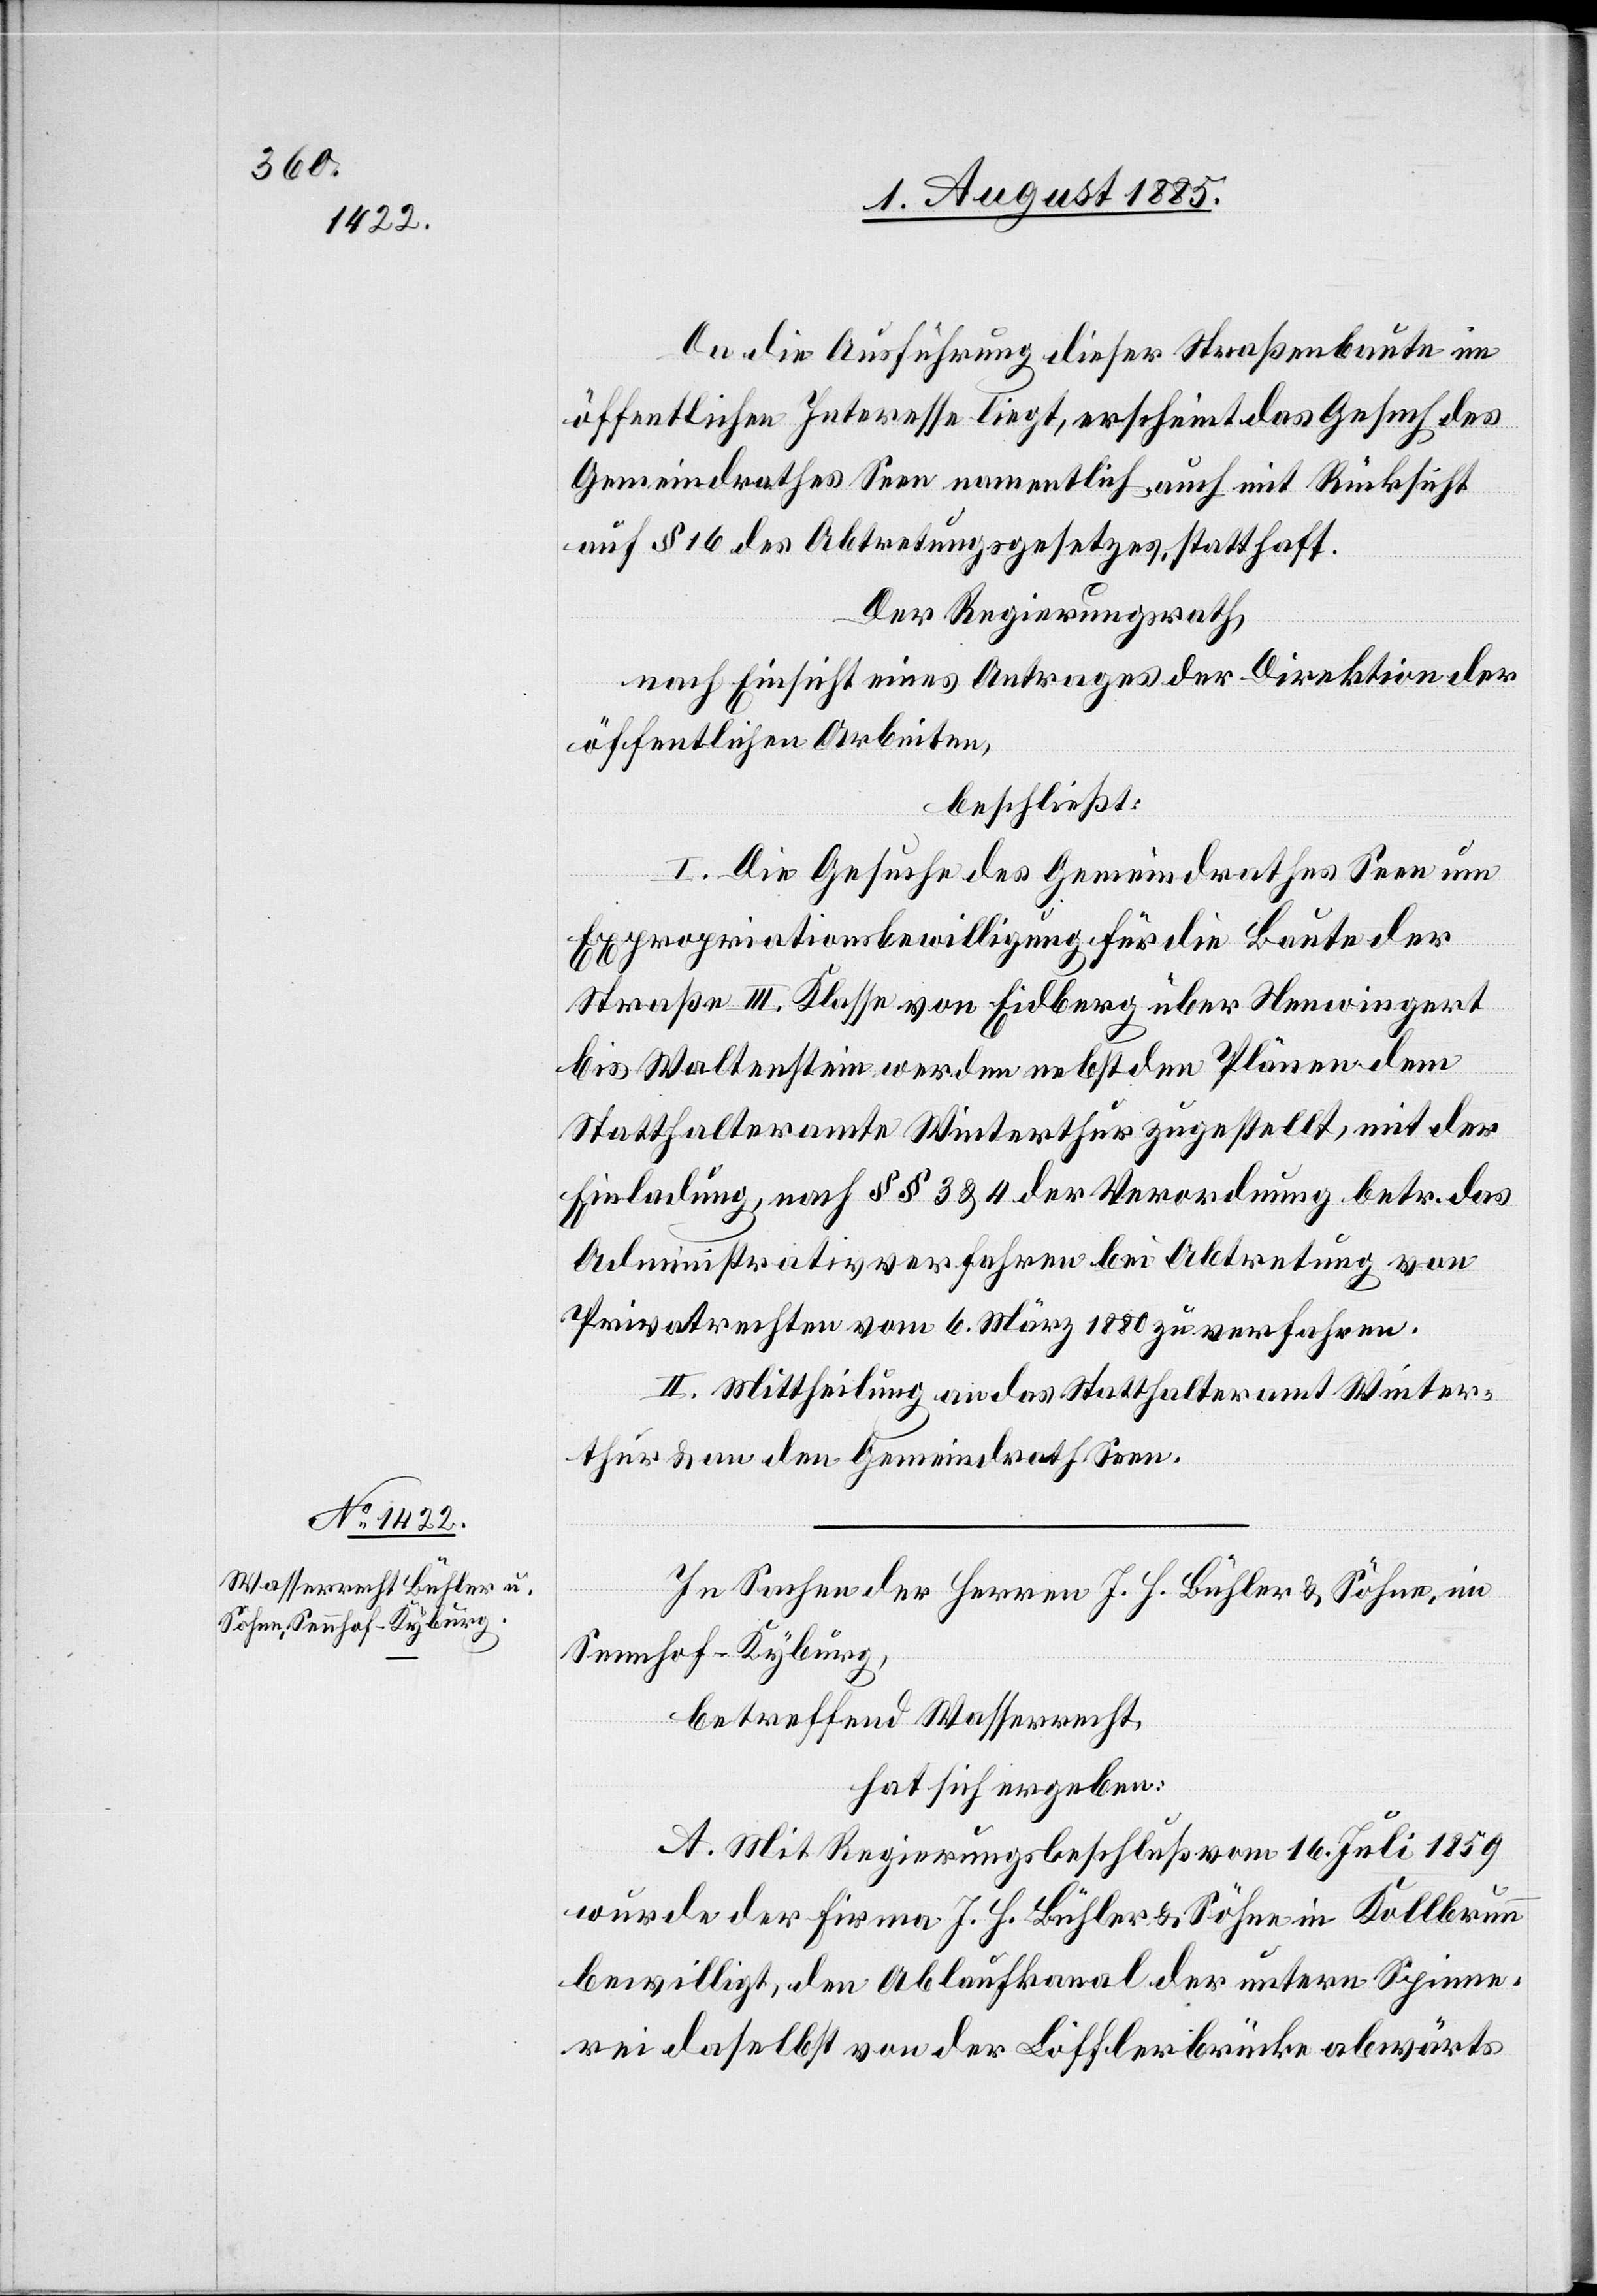
Da die Ausführung dieser Straßenbaute im
öffentlichen Interesse liegt, erscheint das Gesuch des
Gemeindrathes Seen namentlich auch mit Rücksicht
auf § 16 des Abtretungsgesetzes statthaft.
Der Regierungsrath,
nach Einsicht eines Antrages der Direktion der
öffentlichen Arbeiten,
beschließt:
I. Die Gesuche des Gemeindrathes Seen um
Expropriationsbewilligung für die Baute der
Straße III. Klasse von Eidberg über Neewingert
bis Waltenstein werden nebst den Plänen dem
Statthalteramt Winterthur zugestellt, mit der
Einladung, nach §§ 3 & 4 der Verordnung betr. das
Administrativverfahren bei Abtretung von
Privatrechten vom 6. März 1880 zu verfahren.
II. Mittheilung an das Statthalteramt Winter¬
thur & an den Gemeindrath Seen.
In Sachen der Herrn J. H. Bühler & Söhne, im
Sennhof - Kyburg,
betreffend Wasserrecht,
hat sich ergeben:
A. Mit Regierungsbeschluß vom 16. Juli 1859
wurde der Firma J. H. Bühler & Söhne in Kollbrunn
bewilligt, den Ablaufkanal der untern Spinne¬
rei daselbst von der Löfflerbrücke abwärts